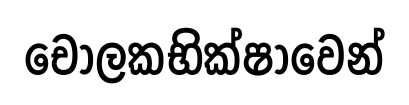
චෝලකභික්ෂාවෙන්